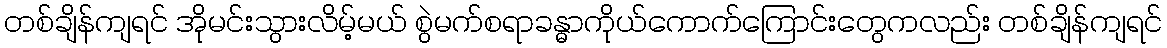
တစ်ချိန်ကျရင် အိုမင်းသွားလိမ့်မယ် စွဲမက်စရာခန္ဓာကိုယ်ကောက်ကြောင်းတွေကလည်း တစ်ချိန်ကျရင်